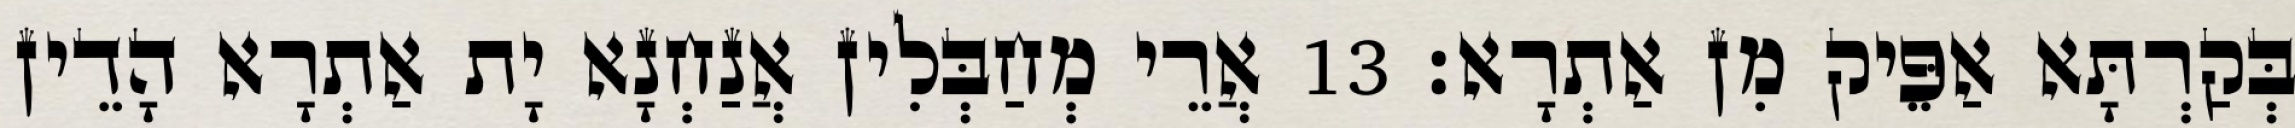
בְּקַרְתָּא אַפֵּיק מִן אַתְרָא׃ 13 אֲרֵי מְחַבְּלִין אֲנַחְנָא יָת אַתְרָא הָדֵין